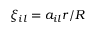
\xi _ { i l } = a _ { i l } r / R